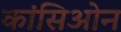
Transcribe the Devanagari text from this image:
कांसिओन